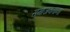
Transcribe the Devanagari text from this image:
समाजवताना